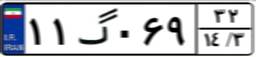
۹۸گ۴۰۷۵۷